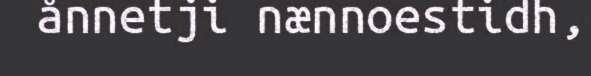
ånnetji nænnoestidh,